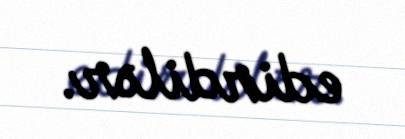
edirdilər.